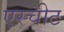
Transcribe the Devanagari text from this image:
एस्चीट